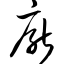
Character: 厌